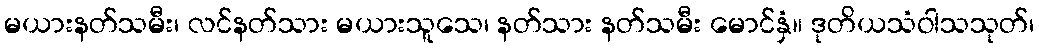
မယားနတ်သမီး၊ လင်နတ်သား မယားသူသေ၊ နတ်သား နတ်သမီး မောင်နှံ။ ဒုတိယသံဝါသသုတ်၊